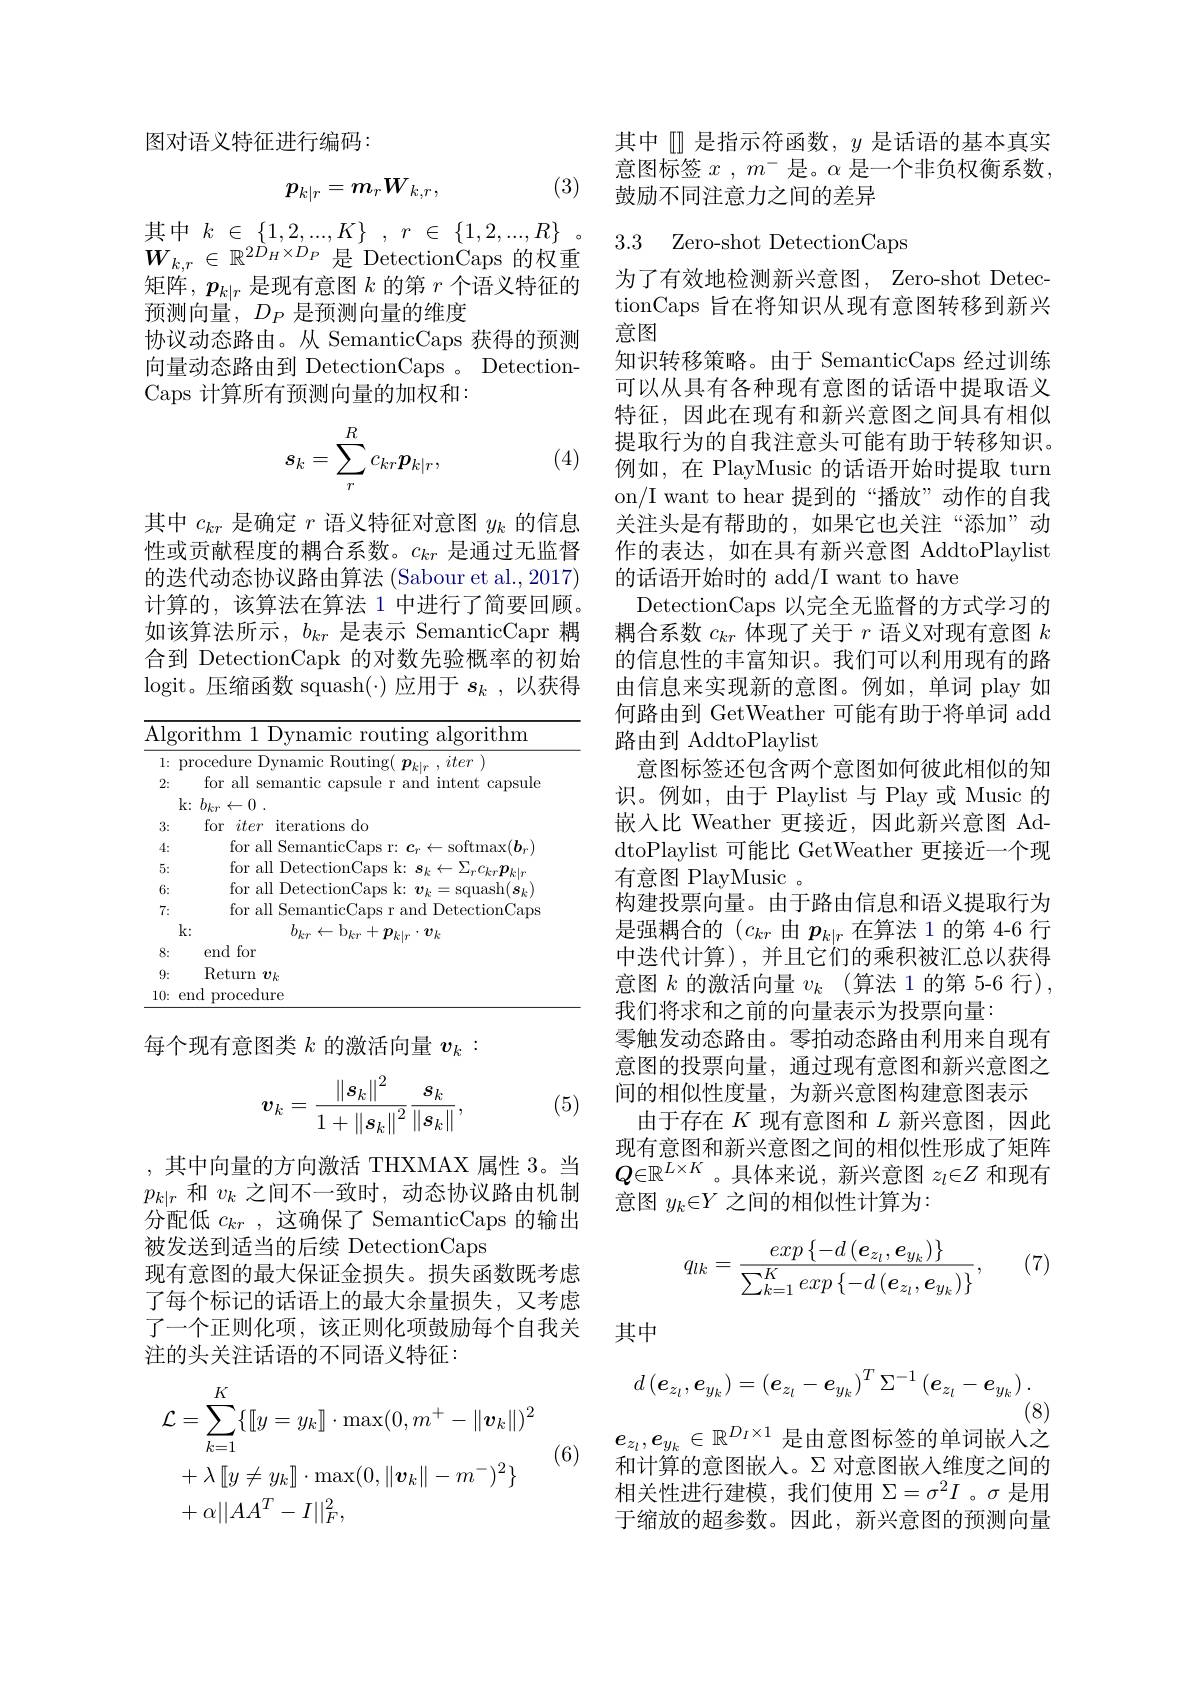
图对语义特征进行编码：

(3)
$$p_{k|r}=m_rW_{k,r},$$
$$k\:\in\:\{1,2,...,K\}\:,\:r\:\in\:\{1,2,...,R\}$$
$W_{k,r}\in\mathbb{R}^{2\hat{D}_{H}\times D_{P}}$是 DetectionCaps 的权重矩阵，$p_k|r$是现有意图$k$的第$r$个语义特征的预测向量$,D_P$ 是预测向量的维度
协议动态路由。从 SemanticCaps 获得的预测向量动态路由到 DetectionCaps 。DetectionCaps 计算所有预测向量的加权和：
$$s_k=\sum_r^Rc_{kr}p_{k|r},$$
(4)

其中$c_{kr}$是确定$r$语义特征对意图$y_k$的信息性或贡献程度的耦合系数。$c_kr$是通过无监督的迭代动态协议路由算法 (Sabour et al., 2017) 计算的，该算法在算法 1 中进行了简要回顾。如该算法所示，$b_kr$是表示 SemanticCapr 耦合到 DetectionCapk 的对数先验概率的初始logit。压缩函数 squash(\cdot)应用于$s_k$ ,以获得

<table>
	<tbody>
		<tr>
			<td>$\overline{\mathrm{Alg}}$</td>
			<td>rithm 1 Dynamic routing algorithm</td>
		</tr>
		<tr>
			<td>3:</td>
			<td>for do iter 11 erat ions</td>
		</tr>
		<tr>
			<td>4:</td>
			<td>TOT</td>
		</tr>
		<tr>
			<td>5:</td>
			<td>$\tan$</td>
		</tr>
		<tr>
			<td>6:</td>
			<td>for $\cdot all$ $|Det\epsilon$ 111 $k^{*}$ llash( s</td>
		</tr>
		<tr>
			<td>7:</td>
			<td>m</td>
		</tr>
		<tr>
			<td>T</td>
			<td>$b_{kr}$ $\leftarrow$ $v_k$</td>
		</tr>
		<tr>
			<td>8:</td>
			<td>end for</td>
		</tr>
		<tr>
			<td>9:</td>
			<td>Return $v_k$</td>
		</tr>
		<tr>
			<td>10:</td>
			<td>procedure mr</td>
		</tr>
	</tbody>
</table>

每个现有意图类$k$的激活向量$v_k:$
$$v_k=\frac{\left\|s_k\right\|^2}{1+\left\|s_k\right\|^2}\frac{s_k}{\left\|s_k\right\|},$$
(5)

,其中向量的方向激活 THXMAX 属性 3。当$p_{k|r}$和$v_k$之间不一致时，动态协议路由机制被发送到适当的后续 DetectionCaps
现有意图的最大保证金损失。损失函数既考虑了每个标记的话语上的最大余量损失，又考虑了一个正则化项，该正则化项鼓励每个自我关注的头关注话语的不同语义特征：

(6)
$$\begin{aligned}&\mathcal{L}=\sum_{k=1}^{K}\{\|y=y_{k}\|\cdot\max(0,m^{+}-\|\boldsymbol{v}_{k}\|)^{2}\\&+\lambda\left[[y\neq y_{k}]\right]\cdot\max(0,\|\boldsymbol{v}_{k}\|-m^{-})^{2}\}\\&+\alpha||AA^{T}-I||_{F}^{2},\end{aligned}$$
其中$\mathbb{D}$是指示符函数，$y$是话语的基本真实意图标签$x,m^-$是。$\alpha$是一个非负权衡系数， 鼓励不同注意力之间的差异

## 3.3 Zero-shot DetectionCaps

为了有效地检测新兴意图，Zero-shot DetectionCaps 旨在将知识从现有意图转移到新兴意图
知识转移策略。由于 SemanticCaps 经过训练可以从具有各种现有意图的话语中提取语义特征，因此在现有和新兴意图之间具有相似提取行为的自我注意头可能有助于转移知识。例如，在 PlayMusic 的话语开始时提取 turn on/I want to hear 提到的“播放”动作的自我关注头是有帮助的，如果它也关注“添加”动作的表达，如在具有新兴意图 AddtoPlaylist 的话语开始时的 add/I want to have
DetectionCaps 以完全无监督的方式学习的耦合系数$c_kr$体现了关于$r$语义对现有意图$k$ 的信息性的丰富知识。我们可以利用现有的路由信息来实现新的意图。例如，单词 play 如何路由到 GetWeather 可能有助于将单词 add 路由到 AddtoPlaylist
意图标签还包含两个意图如何彼此相似的知识。例如，由于 Playlist 与 Play 或 Music 的嵌入比 Weather 更接近，因此新兴意图 AddtoPlaylist 可能比 GetWeather 更接近一个现有意图 PlayMusic 。
构建投票向量。由于路由信息和语义提取行为是强耦合的$(c_{kr}$由$p_{k|r}$在算法 1 的第 4-6 行中迭代计算),并且它们的乘积被汇总以获得意图$k$的激活向量$v_k$ (算法 1 的第 5-6 行), 我们将求和之前的向量表示为投票向量：
零触发动态路由。零拍动态路由利用来自现有意图的投票向量，通过现有意图和新兴意图之间的相似性度量，为新兴意图构建意图表示
由于存在$K$现有意图和$L$新兴意图，因此现有意图和新兴意图之间的相似性形成了矩阵$Q\in\mathbb{R}^{L\times K}$。具体来说，新兴意图$z_l\in Z$和现有意图$y_k\in Y$之间的相似性计算为：

(7)
$$q_{lk}=\frac{exp\left\{-d\left(\boldsymbol{e}_{z_{l}},\boldsymbol{e}_{y_{k}}\right)\right\}}{\sum_{k=1}^{K}exp\left\{-d\left(\boldsymbol{e}_{z_{l}},\boldsymbol{e}_{y_{k}}\right)\right\}},$$
其中
$$d\left(\boldsymbol{e}_{z_l},\boldsymbol{e}_{y_k}\right)=\left(\boldsymbol{e}_{z_l}-\boldsymbol{e}_{y_k}\right)^T\Sigma^{-1}\left(\boldsymbol{e}_{z_l}-\boldsymbol{e}_{y_k}\right).$$
(8)

$e_{z_l},e_{y_k}\in\mathbb{R}^{D_I\times1}$是由意图标签的单词嵌入之

和计算的意图嵌人。Σ 对意图嵌入维度之间的相关性进行建模，我们使用$\Sigma=\sigma^2I$ 。$\sigma$是用于缩放的超参数。因此，新兴意图的预测向量